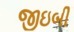
જીઇબી